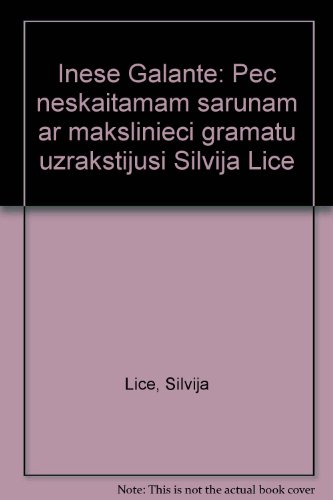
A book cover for Inese Galante: Pec neskaitamam sarunam ar makslinieci gramatu uzrakstijusi Silvija Lice; Silvija Lice; Health, Fitness & Dieting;